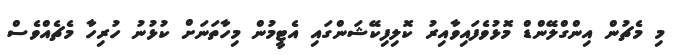
މި މެޗުން އިންގްލޭންޑް މޮޅުވެފައިވާއިރު ކޮލިފިކޭޝަންގައި އެޓީމުން މިހާތަނަށް ކުޅުނު ހުރިހާ މެޗެއްވެސް